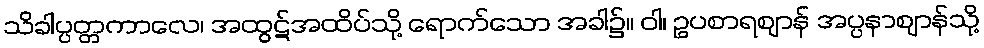
သိခါပ္ပတ္တကာလေ၊ အထွဋ်အထိပ်သို့ ရောက်သော အခါ၌။ ဝါ၊ ဥပစာရဈာန် အပ္ပနာဈာန်သို့